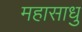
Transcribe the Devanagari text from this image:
महासाधु